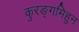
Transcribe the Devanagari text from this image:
कुरङ्गमिहुन